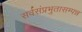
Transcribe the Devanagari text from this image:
सर्वसंप्रभुतासम्पन्न